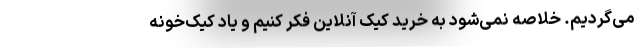
می‌گردیم. خلاصه نمی‌شود به خرید کیک آنلاین فکر کنیم و یاد کیک‌خونه